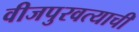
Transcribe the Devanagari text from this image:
वीजपुरवत्याची